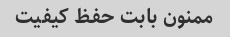
ممنون بابت حفظ کیفیت